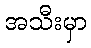
အသီးမှာ